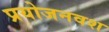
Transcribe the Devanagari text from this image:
प्रयोजनवश